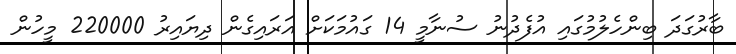
ބާރުގަދަ ބިންހެލުމުގައި އުފެދުނު ސުނާމީ 14 ގައުމަކަށް އަރައިގެން ދިޔައިރު 220000 މީހުން